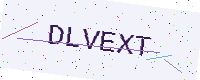
Text: DLVEXT